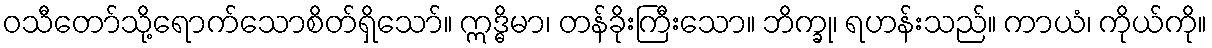
ဝသီတော်သို့ရောက်သောစိတ်ရှိသော်။ ဣဒ္ဓိမာ၊ တန်ခိုးကြီးသော။ ဘိက္ခု၊ ရဟန်းသည်။ ကာယံ၊ ကိုယ်ကို။